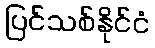
ပြင်သစ်နိုင်ငံ